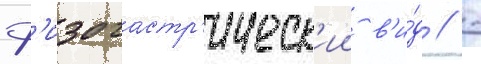
ф'изогастр'ическ'ии в'и́д // -